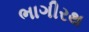
ભાગીરથ